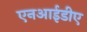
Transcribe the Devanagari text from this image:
एनआईडीए